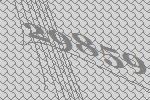
29859